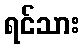
ရင်သား